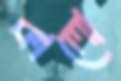
কালো